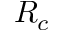
R _ { c }